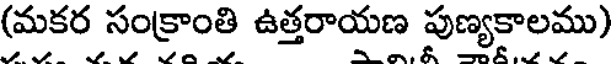
(మకర సంక్రాంతి ఉత్తరాయణ పుణ్యకాలము)